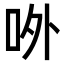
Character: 𠰻